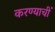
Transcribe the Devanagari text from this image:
करण्याचीं